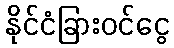
နိုင်ငံခြားဝင်ငွေ